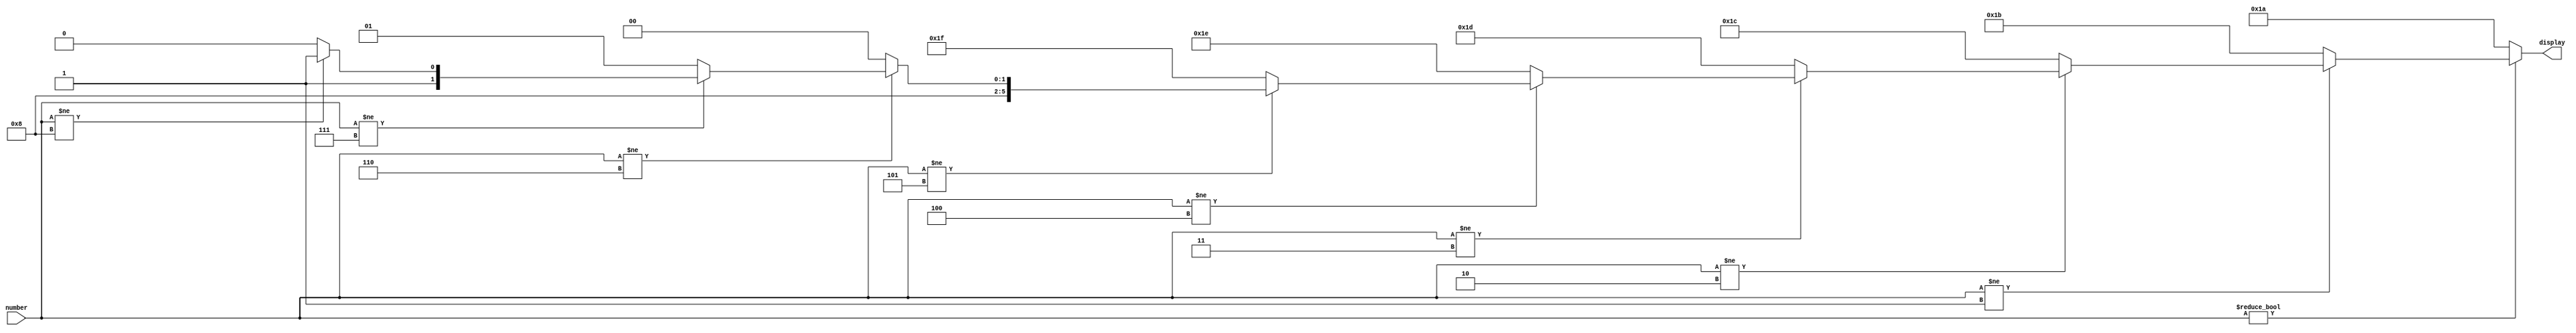
`timescale 1ns / 1ps
//////////////////////////////////////////////////////////////////////////////////
// Company: 
// Engineer: 
// 
// Design Name: 
// Module Name: Digit_Display
// Project Name: 
// Target Devices: 
// Tool Versions: 
// Description: 
// 
// Dependencies: 
// 
// Revision:
// Revision 0.01 - File Created
// Additional Comments:
// 
//////////////////////////////////////////////////////////////////////////////////


module Digit_Display(
    input [3:0] number,
    output [5:0] display
    );
    
    assign display[5:0] = (number != 0) ? 
                          (number != 1) ? 
                          (number != 2) ? 
                          (number != 3) ? 
                          (number != 4) ? 
                          (number != 5) ? 
                          (number != 6) ? 
                          (number != 7) ? 
                          (number != 8) ? 6'b100011 : 6'b100010: 6'b100001 : 6'b100000 : 6'b011111 : 6'b011110 : 6'b011101 : 6'b011100 : 6'b011011 : 6'b011010;
endmodule